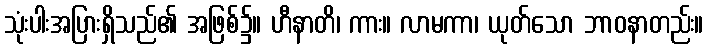
သုံးပါးအပြားရှိသည်၏ အဖြစ်၌။ ဟီနာတိ၊ ကား။ လာမကာ၊ ယုတ်သော ဘာဝနာတည်း။